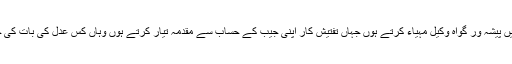
جہاں عدالت میں پیشہ ور گواہ وکیل مہیاء کرتے ہوں جہاں تفتیش کار اپنی جیب کے حساب سے مقدمہ تیار کرتے ہوں وہاں کس عدل کی بات کی جا سکتی ہے ؟